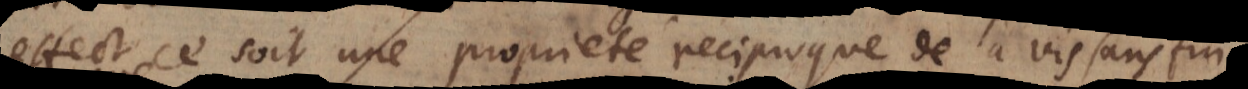
effect ce soit une proprieté reciproque de la vis sans fin,